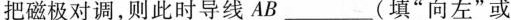
把磁极对调，则此时导线AB(填”向左”或